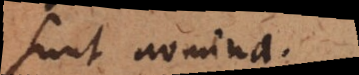
sunt nomina.